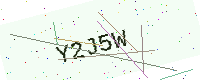
Text: Y2J5W